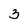
Character: 3